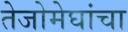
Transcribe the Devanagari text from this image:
तेजोमेघांचा